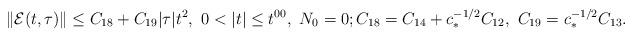
LaTeX: \begin{align*} \| {\mathcal E}(t,\tau) \| \le {C}_{18} + C_{19} |\tau| t^2,\ 0< |t|\le t^{00},\ N_0=0;C_{18} = {C}_{14} + c_*^{-1/2} C_{12}, \ C_{19} = c_*^{-1/2} C_{13}. \end{align*}